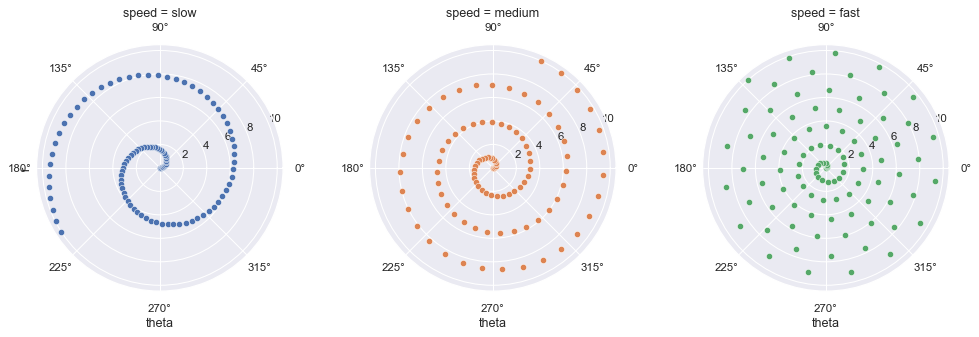
python, seaborn, FacetGrid, polar